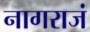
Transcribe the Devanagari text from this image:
नागराजं